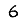
Digit: 6